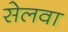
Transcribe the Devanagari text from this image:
सेलवा